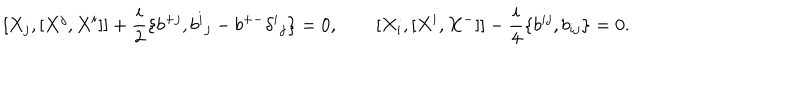
[ X _ { j } , [ X ^ { j } , X ^ { i } ] ] + { \frac { i } { 2 } } \{ b ^ { + j } , b ^ { i } { } _ { j } - b ^ { + - } \delta ^ { i } { } _ { j } \} = 0 , \qquad [ X _ { i } , [ X ^ { i } , X ^ { - } ] ] - { \frac { i } { 4 } } \{ b ^ { i j } , b _ { i j } \} = 0 .